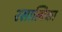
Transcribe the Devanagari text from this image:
रसात्मिका